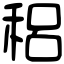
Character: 稆